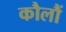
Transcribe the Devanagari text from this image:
कौलौं